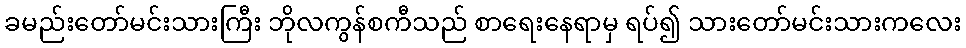
ခမည်းတော်မင်းသားကြီး ဘိုလကွန်စကီသည် စာရေးနေရာမှ ရပ်၍ သားတော်မင်းသားကလေး